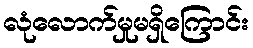
လုံလောက်မှုမရှိကြောင်း